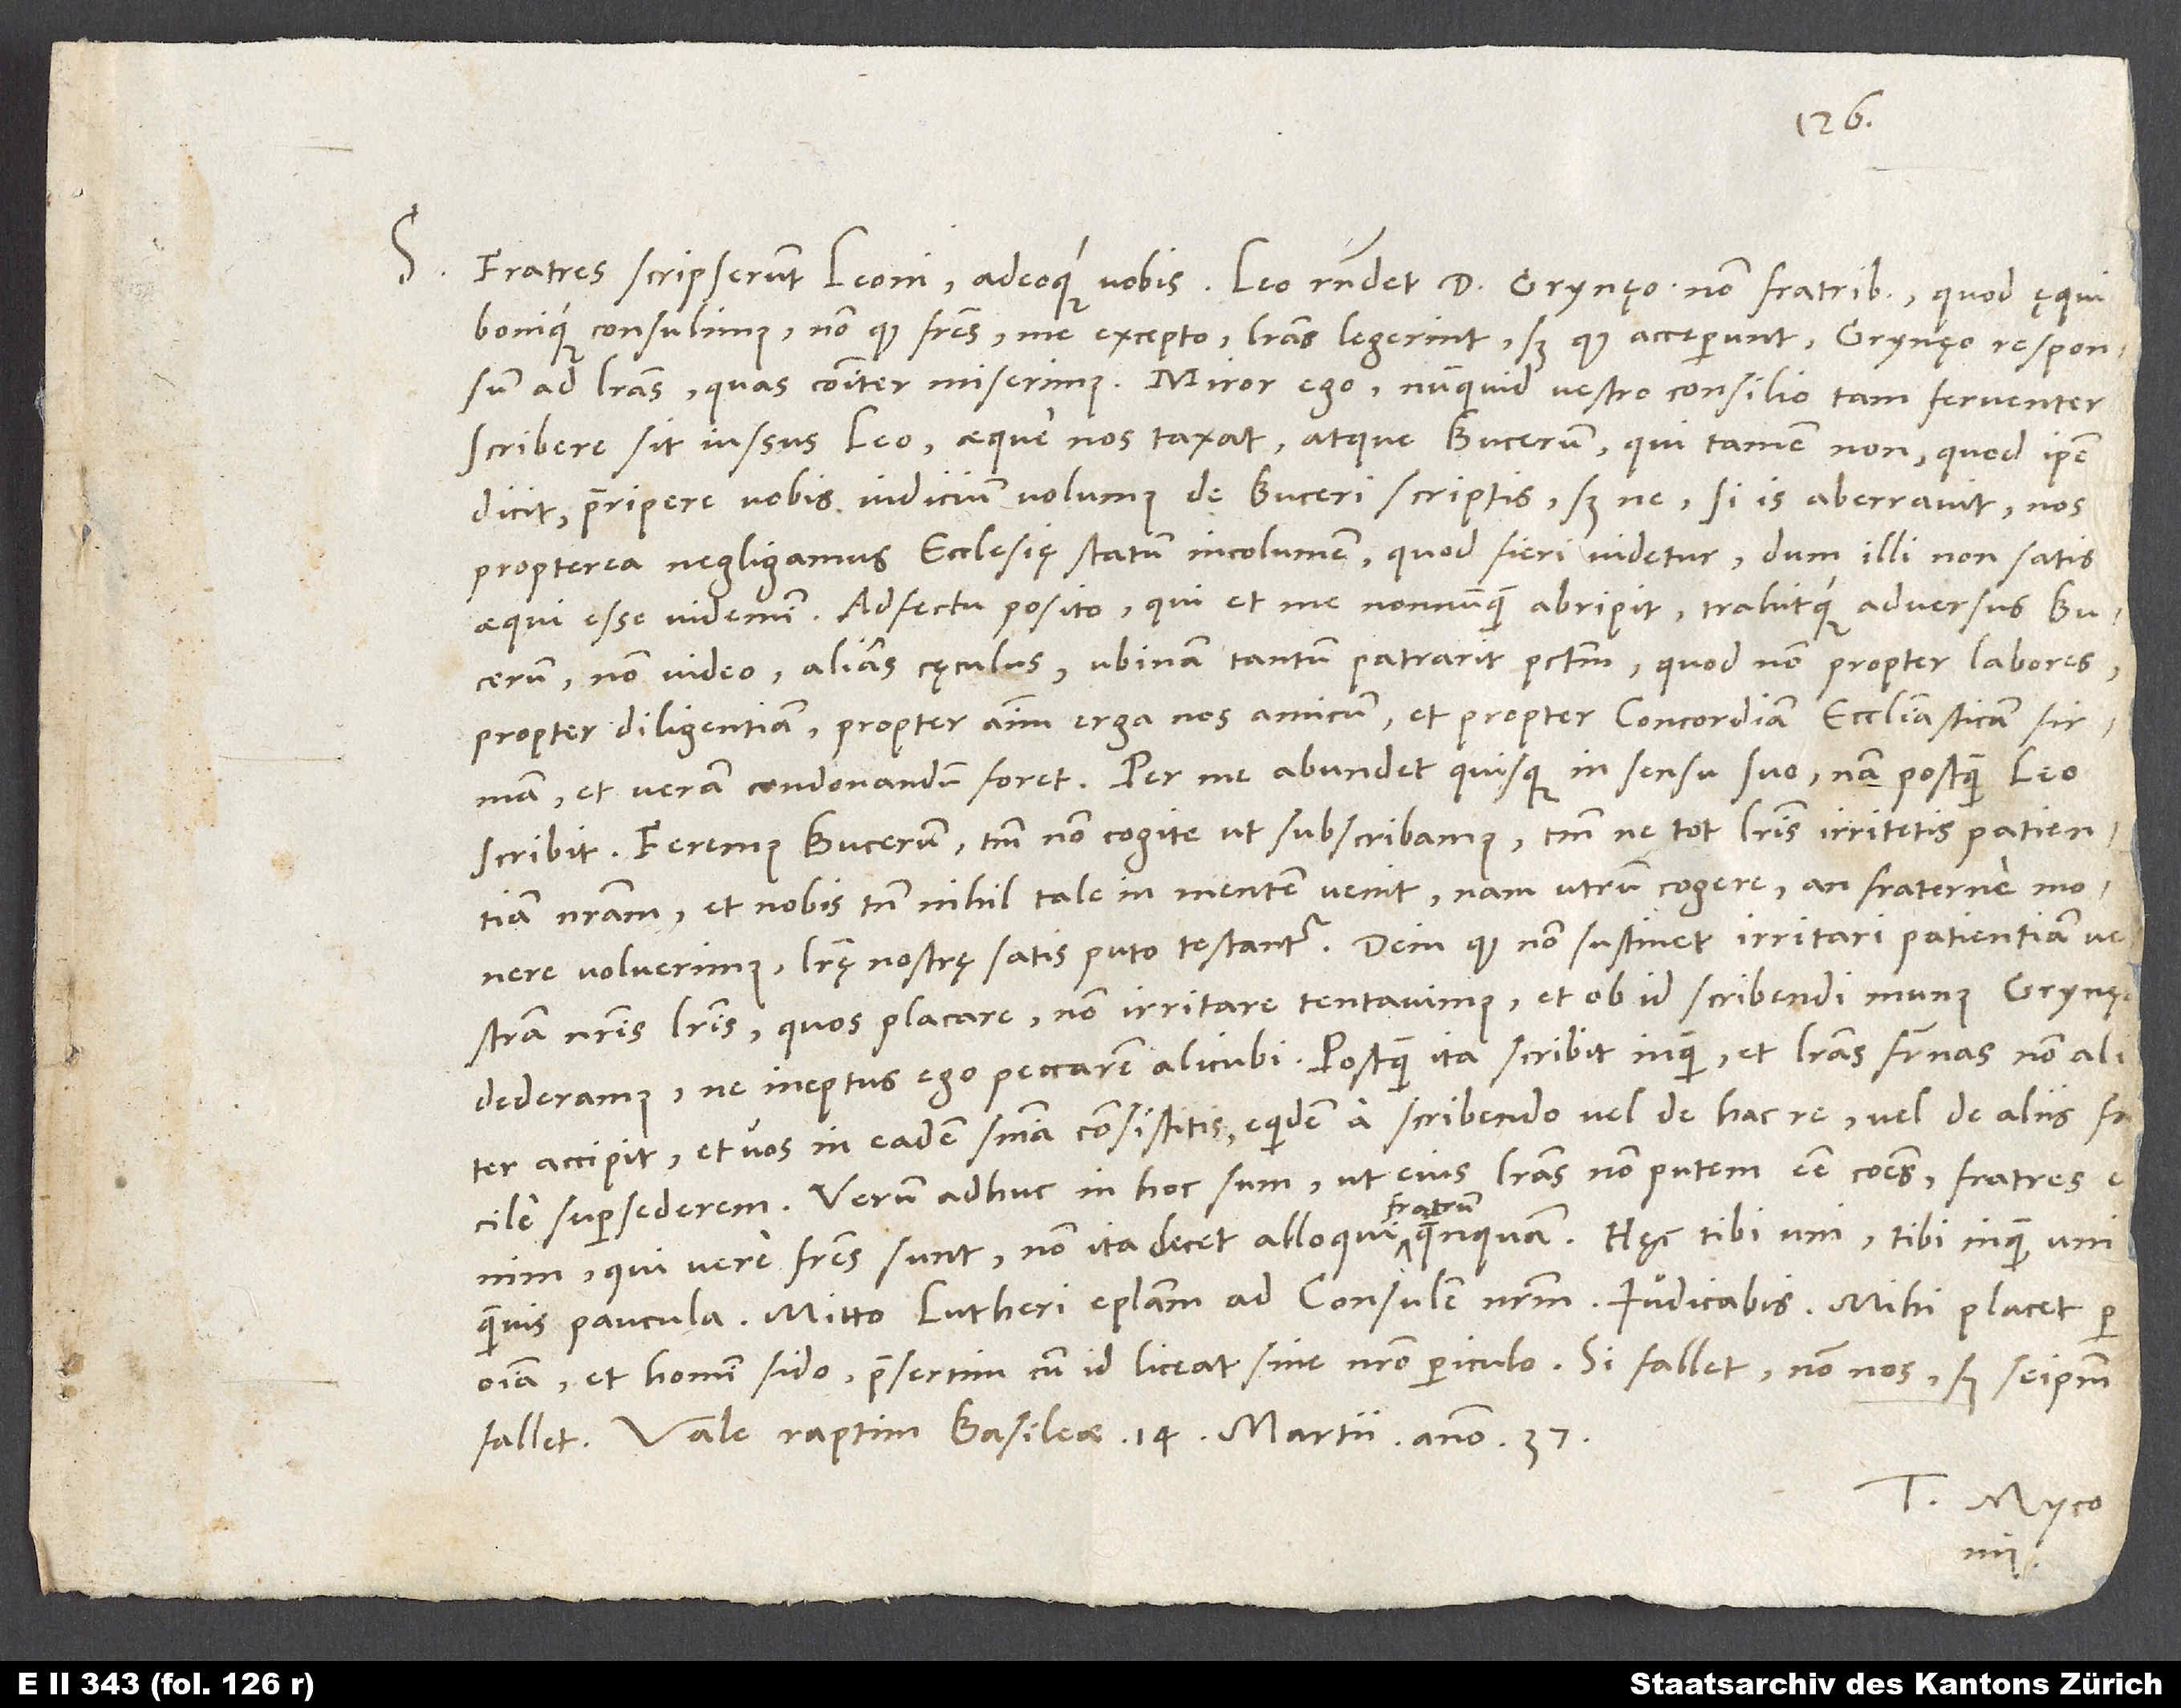
S. Fratres scripserunt Leoni adeoque vobis, Leo respondet d. Grynaeo, non fratribus, quod ęqui
bonique consulimus, non quod fratres me excepto literas legerint, sed quod acceperunt Grynęo responsum
ad literas, quas communiter miserimus. Miror ego, numquid vestro consilio tam ferventer
scribere sit iussus Leo. Aeque nos taxat atque Bucerum, qui tamen non, quod ipse
dicit, praeripere vobis iudicium volumus de Buceri scriptis; sed ne, si is aberravit, nos
propterea negligamus ecclesię statum incolumem, quod fieri videtur, dum illi non satis
aequi esse videmini. Adfectu posito, qui et me nonnunquam abripit trahitque adversus Bucerum,
non video alias cęculus, ubinam tantum patrarit peccatum, quod non propter labores,
propter diligentiam, propter animum erga nos amicum et propter concordiam ecclesiasticam firmam
et veram condonandum foret. Per me abundet quisque in sensu suo; nam postquam Leo
scribit: "Feremus Bucerum; tantum non cogite, ut subscribamus, tantum ne tot literis irritetis patientiam
nostram" - et nobis tamen nihil tale in mentem venit; nam utrum cogere an fraterne monere
voluerimus, literę nostrę satis, puto, testantur. Deinde, quod non sustinet irritari patientiam vestram
nostris literis, quos placare, non irritare tentavimus et ob id scribendi munus Grynęo
dederamus, ne ineptus ego peccarem alicubi - postquam ita scribit, inquam, et literas fraternas non aliter
accipit et vos in eadem sententia consistitis, equidem a scribendo vel de hac re vel de aliis facile
supersederem. Verum adhuc in hoc sum, ut eius literas non putem esse communes; fratres enim,
fratri
qui vere fratres sunt, non ita decet alloqui fratrum quenquam. Haec tibi uni, tibi inquam uni,
Mitto Lutheri epistolam ad consulem nostrum. Iudicabis. Mihi placet per
omnia, et homini fido; praesertim, cum id liceat sine nostro periculo. Si fallet, non nos, sed seipsum
Raptim, Basileae, 14. martii anno 37.